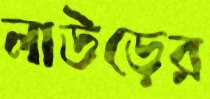
লাউড়ের